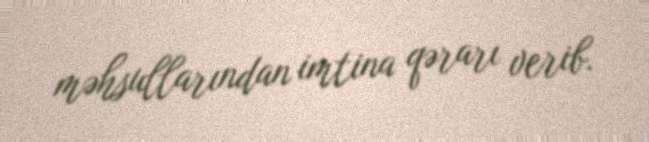
məhsullarından imtina qərarı verib.